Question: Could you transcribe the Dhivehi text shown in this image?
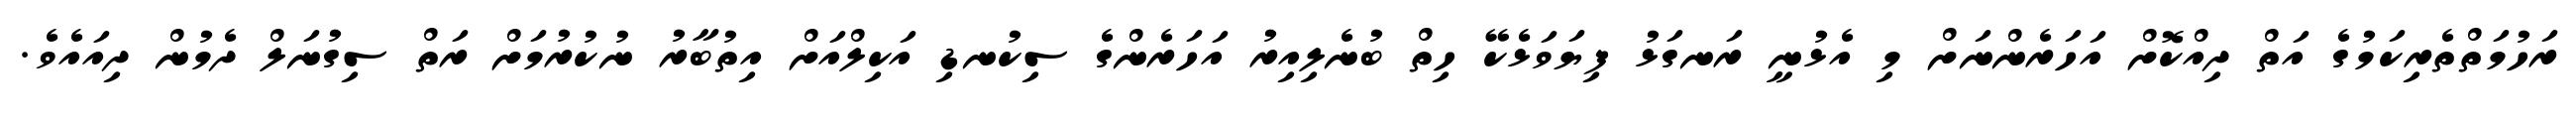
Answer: ރަހުމަތްތެރިކަމުގެ އަތް ދިއްކޮށް އަހަރެންނަށް މި އެޅުނީ ރަނގަޅު ފިޔަވަޅެކޭ ހިތް ބުނެލިއިރު އަހަރެންގެ ސިކުނޑި އަކިލްއަށް އިތުބާރު ނުކުރުމަށް ރަތް ސިގުނަލް ދެމުން ދިއައެވެ.